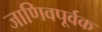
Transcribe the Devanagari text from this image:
जाणिवपूर्वक